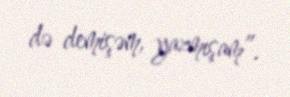
də demişəm, yazmışam”.